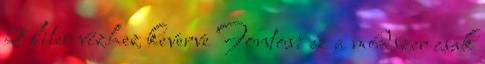
2 liter vízhez keverve Fontos: ez a módszer csak